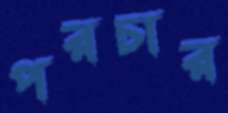
পরচার